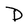
Character: D